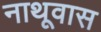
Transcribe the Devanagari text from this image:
नाथूवास